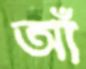
আঁ